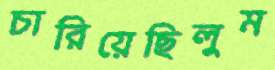
চারিয়েছিলুম